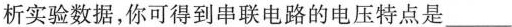
析实验数据，你可得到串联电路的电压特点是___。